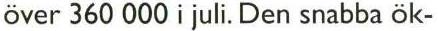
över 360 000 i juli. Den snabba ök-